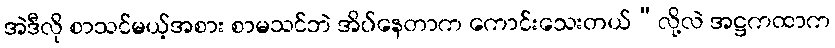
အဲဒီလို စာသင်မယ့်အစား စာမသင်ဘဲ အိပ်နေတာက ကောင်းသေးတယ်”လို့လဲ အဋ္ဌကထာက